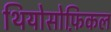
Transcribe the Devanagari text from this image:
थियोसोफ़िकल